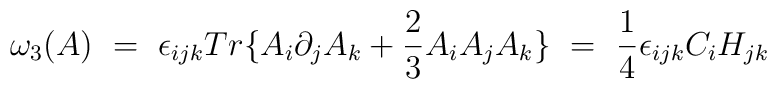
\omega_3(A) \ = \ \epsilon_{ijk}Tr\{ A_i \partial_j A_k +\frac{2}{3}A_i A_j A_k \} \ = \ \frac{1}{4} \epsilon_{ijk}C_i H_{jk}